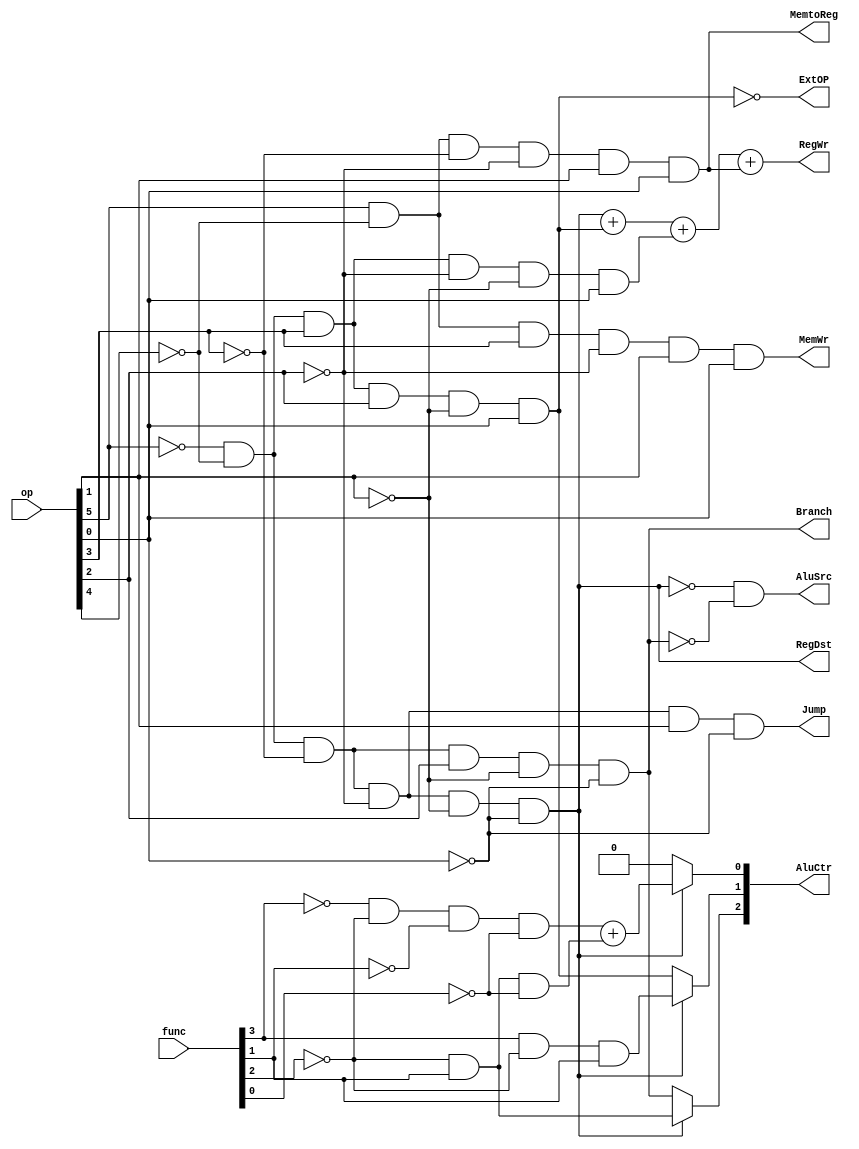
module Controller(op,func,RegWr,Branch,Jump,ExtOP,AluSrc,AluCtr,MemWr,MemtoReg,RegDst);
input [5:0]op;
input [5:0]func;

output RegWr,Branch,Jump,ExtOP,AluSrc,MemWr,MemtoReg,RegDst;
output [2:0]AluCtr;


assign Branch=(!op[5]&!op[4]&!op[3]&op[2]&!op[1]&!op[0]);
assign Jump=(!op[5]&!op[4]&!op[3]&!op[2]&op[1]&!op[0]);
assign RegDst=(!op[5]&!op[4]&!op[3]&!op[2]&!op[1]&!op[0]);
assign AluSrc=(!RegDst)&(!(!op[5]&!op[4]&!op[3]&op[2]&!op[1]&!op[0]));
assign MemtoReg=(op[5]&!op[4]&!op[3]&!op[2]&op[1]&op[0]);
assign MemWr=(op[5]&!op[4]&op[3]&!op[2]&op[1]&op[0]);
assign ExtOP=!(!op[5]&!op[4]&op[3]&op[2]&!op[1]&op[0]);

assign RegWr=(!op[5]&!op[4]&!op[3]&!op[2]&!op[1]&!op[0])
			+(!op[5]&!op[4]&op[3]&op[2]&!op[1]&op[0])
			+(!op[5]&!op[4]&op[3]&!op[2]&!op[1]&op[0])
			+(op[5]&!op[4]&!op[3]&!op[2]&op[1]&op[0]);
/*
assign ALUop[2]=!op[5]&!op[4]&!op[3]&op[2]&!op[1]&!op[0];
assign ALUop[1]=!op[5]&!op[4]&op[3]&op[2]&!op[1]&op[0];
assign ALUop[0]=!op[5]&!op[4]&!op[3]&!op[2]&!op[1]&!op[0];
*/
assign AluCtr[2]=RegDst?(!func[2]&func[1]):(!op[5]&!op[4]&!op[3]&op[2]&!op[1]&!op[0]);
assign AluCtr[1]=RegDst?(func[3]&!func[2]&func[1]):(!op[5]&!op[4]&op[3]&op[2]&!op[1]&op[0]);
assign AluCtr[0]=RegDst?((!func[3]&!func[2]&!func[1]&!func[0])+(!func[2]&func[1]&!func[0])):(!op[5]&!op[4]&!op[3]&!op[2]&!op[1]&!op[0]);

endmodule